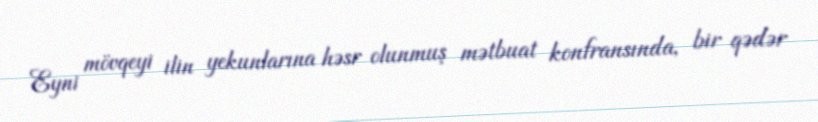
Eyni mövqeyi ilin yekunlarına həsr olunmuş mətbuat konfransında, bir qədər